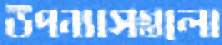
উপন্যাসগুলো